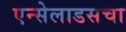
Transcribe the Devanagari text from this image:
एन्सेलाडसचा